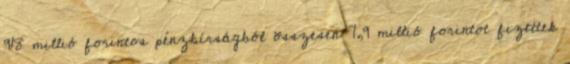
918 millió forintos pénzbírságból összesen 7,9 millió forintot fizettek